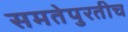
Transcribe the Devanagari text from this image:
समतेपुरतीच